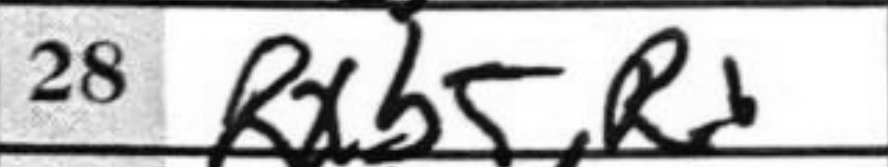
Transcription: Rxb5